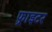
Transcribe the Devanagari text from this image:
फ़्राइटर